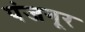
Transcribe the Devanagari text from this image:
पंजगूर